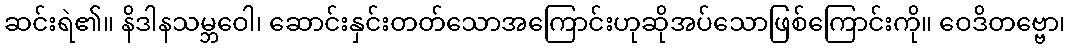
ဆင်းရဲ၏။ နိဒါနသမ္ဘဝေါ၊ ဆောင်းနှင်းတတ်သောအကြောင်းဟုဆိုအပ်သောဖြစ်ကြောင်းကို။ ဝေဒိတဗ္ဗော၊